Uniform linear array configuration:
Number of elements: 16
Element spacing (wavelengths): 1
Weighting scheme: cosine
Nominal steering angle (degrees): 45
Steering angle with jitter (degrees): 44.016
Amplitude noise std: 0.05
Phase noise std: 0.05

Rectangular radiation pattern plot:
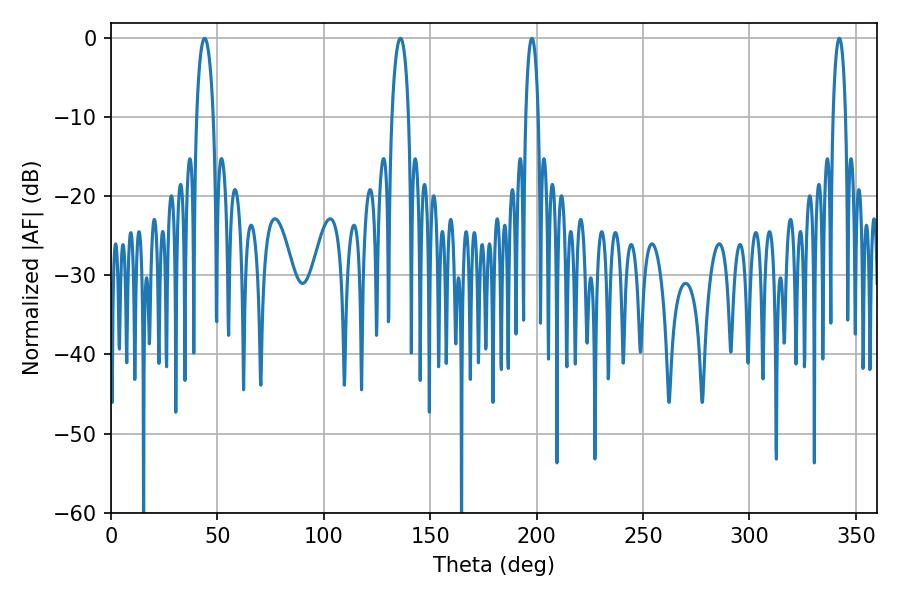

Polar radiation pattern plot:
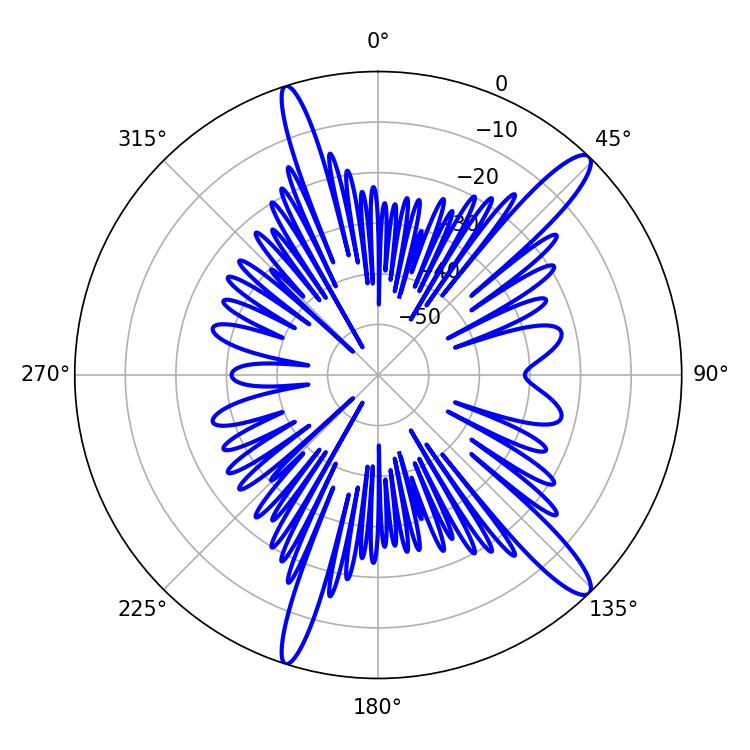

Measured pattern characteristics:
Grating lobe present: TRUE
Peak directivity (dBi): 13.934
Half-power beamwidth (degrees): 3.24
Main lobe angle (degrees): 342.18